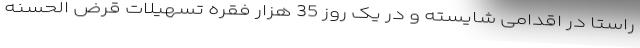
راستا در اقدامی شایسته و در یک روز 35 هزار فقره تسهیلات قرض الحسنه